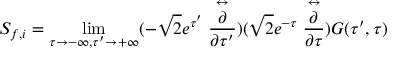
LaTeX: S _ { f , i } = \operatorname * { l i m } _ { \tau \rightarrow - \infty , \tau ^ { \prime } \rightarrow + \infty } ( - \sqrt { 2 } e ^ { \tau ^ { \prime } } \stackrel { \leftrightarrow } { \frac { \partial } { \partial \tau ^ { \prime } } } ) ( \sqrt { 2 } e ^ { - \tau } \stackrel { \leftrightarrow } { \frac { \partial } { \partial \tau } } ) G ( \tau ^ { \prime } , \tau )